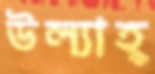
উল্যাহ্